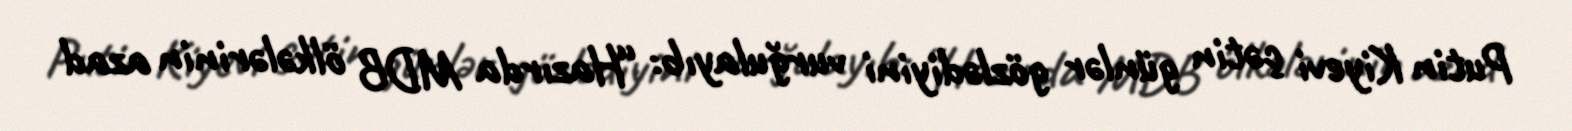
Putin Kiyevi çətin günlər gözlədiyini vurğulayıb: “Hazırda MDB ölkələrinin azad